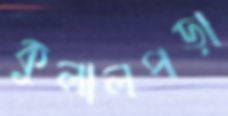
কুলালপড়া